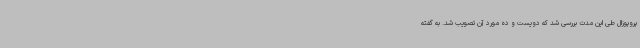
پروپوزال طی این مدت بررسی شد که دویست و ده مورد آن تصویب شد. به گفته